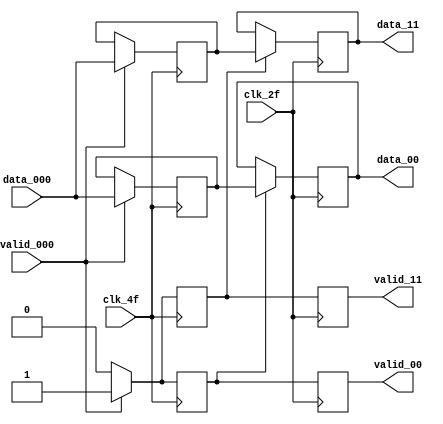
module DEMUX_L2 (
		input [7:0]         data_000,
        input 	            valid_000,
      	//input 		        clk_f,
      	input 		        clk_4f,
        input 		        clk_2f,
		output reg [7:0] 	data_00,
		output reg [7:0] 	data_11,
		output reg 		    valid_00,
		output reg 		    valid_11);

   //Seales internas
   reg [7:0] 	        a;
   reg [7:0]            b;
   reg 	                validt_00;
   reg 	                validt_11;

   //Lgica DEMUX 

   always @(posedge clk_4f)
     begin

	    if (valid_000) begin
	        a <= data_000;
            validt_00 <= valid_000;
        end
	    else if (~valid_000) begin
            a <= a;
            validt_00 <= valid_000;
        end 
     end

    always @(negedge clk_4f) begin
        if (valid_000) begin
	        b <= data_000;
            validt_11 <= valid_000;
        end
	    else if (~valid_000) begin
            b <= b;
            validt_11 <= valid_000;
        end 
    end
    
   // Lgica Flop
   always @ (posedge clk_2f)
    begin
	    if(validt_00)
	        begin
	            data_00 <= a;
	            valid_00 <= validt_00;
	        end
	    else
	        begin
                data_00 <= data_00;
                valid_00 <= validt_00;
	        end      
    end
   
   always @(posedge clk_2f) begin
       if(validt_11)
	        begin
                data_11 <= b;
                valid_11 <= validt_11;
	        end
	
	    else
	        begin
                data_11 <= data_11;
                valid_11 <= validt_11;
	        end
   end
	
endmodule // MUX_L2